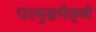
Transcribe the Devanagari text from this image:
परमुखपेक्षी